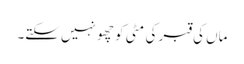
ماں کی قبر کی مٹی کو چھو نہیں سکتے۔